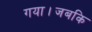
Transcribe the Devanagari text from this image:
गया।जबकि